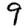
Digit: 9